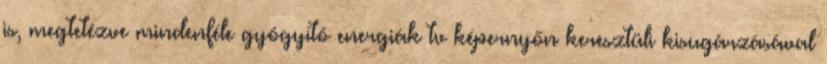
is, megtetézve mindenféle gyógyító energiák tv képernyőn keresztüli kisugárzásával